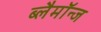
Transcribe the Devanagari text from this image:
ब्लैमॉन्ज